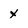
Character: x